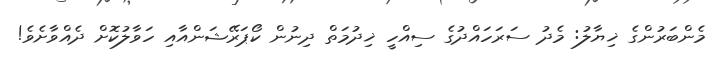
މެންބަރުންގެ ޚިޔާލު: މެދު ސަރަހައްދުގެ ސިއްހީ ޚިދުމަތް ދިނުން ކޯޕަރޭޝަންއާއި ހަވާލުކޮށް ދެއްވާށެވެ!